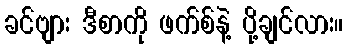
ခင်ဗျား ဒီစာကို ဖက်စ်နဲ့ ပို့ချင်လား။